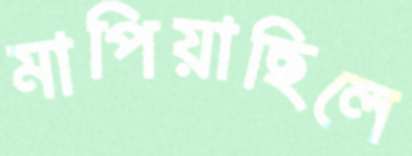
মাপিয়াছিলে